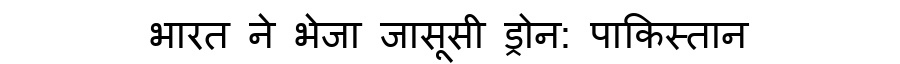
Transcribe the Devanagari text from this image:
भारत ने भेजा जासूसी ड्रोन: पाकिस्तान